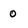
Character: 0